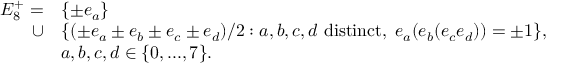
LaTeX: \begin{array} { r l } { { E _ { 8 } ^ { + } = } } & { { \{ \pm e _ { a } \} } } \\ { { \cup } } & { { \{ ( \pm e _ { a } \pm e _ { b } \pm e _ { c } \pm e _ { d } ) / 2 : a , b , c , d \mathrm { ~ d i s t i n c t } , \; e _ { a } ( e _ { b } ( e _ { c } e _ { d } ) ) = \pm 1 \} , } } \\ { { } } & { { a , b , c , d \in \{ 0 , . . . , 7 \} . } } \end{array}